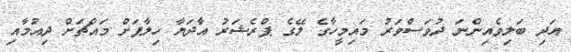
އަދި ބަލިވެއިންނަ ދުވަސްވަރު މައިމީހާގެ ލޭގެ ޕްރެޝަރު އާދަޔާ ހިލާފަށް މައްޗަށް ދިއުމާއި